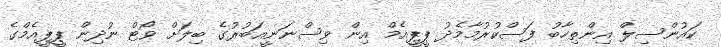
ކައުންސިލް އިންތިހާބު ފަސްކުރުމާމެދު ޕީޕީއެމް އިން ވިސްނަނީއަބުރުގެ ބިލަށް ވޯޓް ނުދިން ޕީޕީއެމްގެ